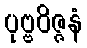
ပုဗ္ဗဝိဇ္ဇနံ